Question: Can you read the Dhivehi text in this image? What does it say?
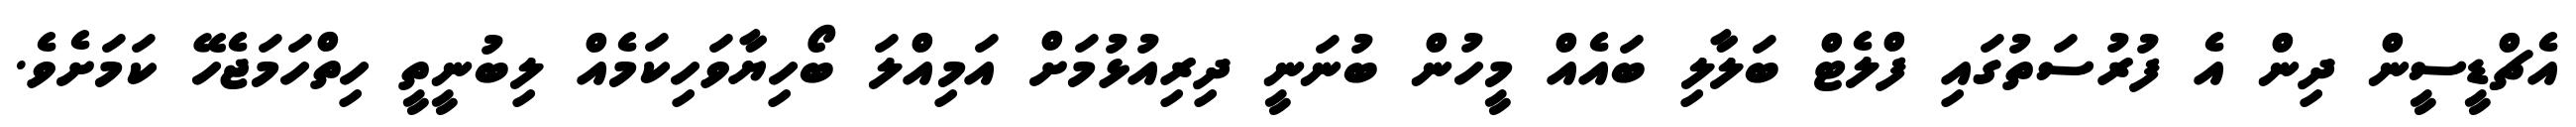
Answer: އެޗްޑީސީން ދިން އެ ފުރުސަތުގައި ފްލެޓް ބަލާލި ބައެއް މީހުން ބުނަނީ ދިރިއުޅުމަށް އަމިއްލަ ބޯހިޔާވަހިކަމެއް ލިބުނީތީ ހިތްހަމަޖެހޭ ކަމަށެވެ.